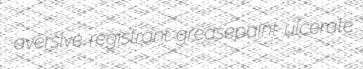
aversive registrant greasepaint ulcerate